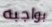
بواجبه